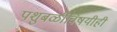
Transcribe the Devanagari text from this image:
पशुबळींविषयीही